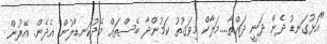
"އަޅުގަނޑު ދެން ދަނީ ދައްތާ....މަލާކް މިވަގުތު ކަމުންދާ ބޭސްތައް މެދުކަނޑާލުން އެދެން. އޭރުން